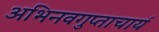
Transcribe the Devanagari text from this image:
अभिनवगुप्ताचार्य